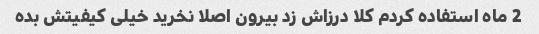
2 ماه استفاده کردم کلا درزاش زد بیرون اصلا نخرید خیلی کیفیتش بده